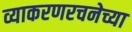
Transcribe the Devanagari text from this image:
व्याकरणरचनेच्या